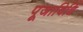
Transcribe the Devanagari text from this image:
पूजाविधिं